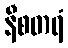
နီစတရံ